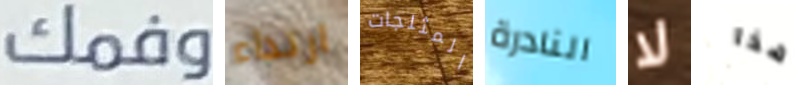
وفمك ارتداء المثلجات النادرة لا هذا